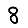
Digit: 8